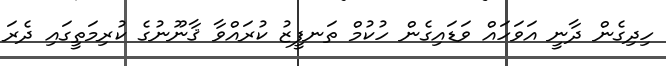
ހިދިގެން ދާނީ އަވަހައް ވަޑައިގެން ހުކުމް ތަނފީޒު ކުރައްވާ ޤާނޫނުގެ ކުރިމަތީގައި ދެރަ